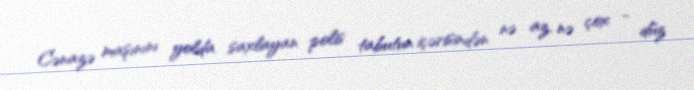
Cənazə maşınını yolda saxlayan polis tabutun içərisindən nə az, nə çox - düz